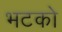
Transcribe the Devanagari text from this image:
भटको